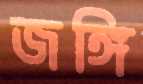
জঙ্গি